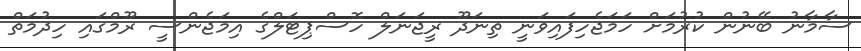
ސާމާނު ބޭނުން ކުރުމަށް ހަމަޖެހިފައިވަނީ ތިނަދޫ ރީޖަނަލް ހޮސްޕިޓަލްގެ އިމަޖެންސީ ރޫމްގައި ހިދުމަތް